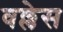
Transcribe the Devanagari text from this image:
वल्लेस